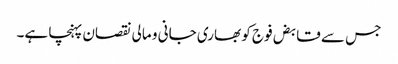
جس سے قابض فوج کو بھاری جانی و مالی نقصان پہنچا ہے۔